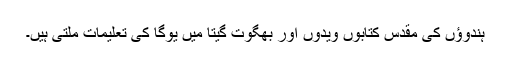
ہندوؤں کی مقدس کتابوں ویدوں اور بھگوت گیتا میں یوگا کی تعلیمات ملتی ہیں۔